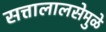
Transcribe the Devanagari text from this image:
सत्तालालसेमुळे